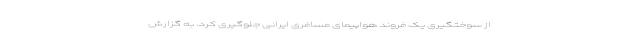
از سوختگیری یک فروند هواپیمای مسافری ایرانی جلوگیری کرد. به گزارش